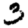
Digit: 3